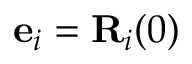
{ \bf e } _ { i } = { \bf R } _ { i } ( 0 )